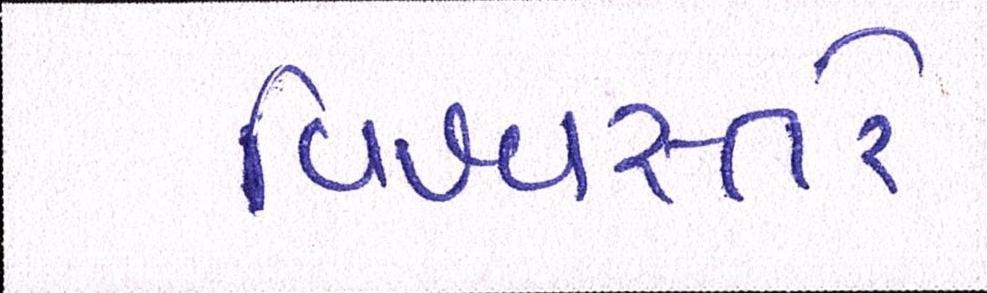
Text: વિશ્વસ્તરે